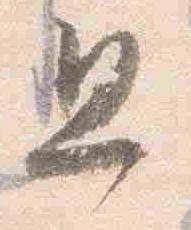
且